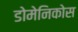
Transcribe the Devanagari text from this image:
डोमेनिकोस